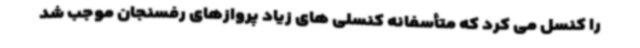
را کنسل می کرد که متأسفانه کنسلی های زیاد پروازهای رفسنجان موجب شد